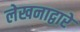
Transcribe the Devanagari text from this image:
लेखनाद्वारे